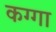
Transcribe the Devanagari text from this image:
कग्गा